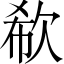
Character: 欷